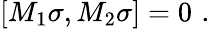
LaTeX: \lbrack M_{1}\sigma,M_{2}\sigma]=0\, \, .